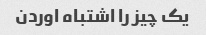
یک چیز را اشتباه اوردن